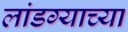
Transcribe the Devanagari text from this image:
लांडग्याच्या